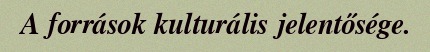
A források kulturális jelentősége.